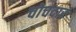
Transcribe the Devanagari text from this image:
चोचदार